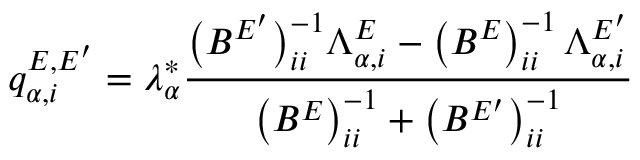
q _ { \alpha , i } ^ { E , E ^ { \prime } } = \lambda _ { \alpha } ^ { * } \frac { \bigl ( B ^ { E ^ { \prime } } \bigr ) _ { i i } ^ { - 1 } \Lambda _ { \alpha , i } ^ { E } - \left( B ^ { E } \right) _ { i i } ^ { - 1 } \Lambda _ { \alpha , i } ^ { E ^ { \prime } } } { \bigl ( B ^ { E } \bigr ) _ { i i } ^ { - 1 } + \bigl ( B ^ { E ^ { \prime } } \bigr ) _ { i i } ^ { - 1 } }